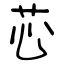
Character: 芯